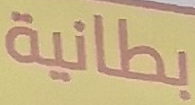
بطانية